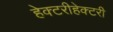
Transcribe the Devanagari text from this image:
हेक्टरीहेक्टरी